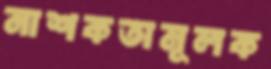
নাশকতামূলক